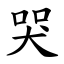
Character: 哭